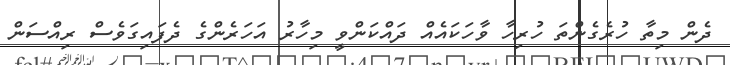
ދެން މިތާ ހުރެގެންތަ ހުރިހާ ވާހަކައެއް ދައްކަންވީ މިހާރު އަހަރެންގެ ދެފައިގަވެސް ރިއްސަން